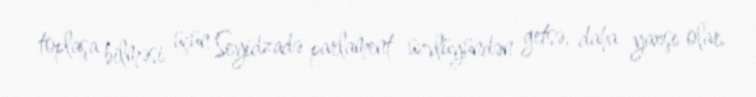
toplaşa bilməsi üçün Seyidzadə parlament üzvlüyündən getsə, daha yaxşı olar.